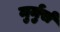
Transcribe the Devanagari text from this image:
मुर्मुर्स